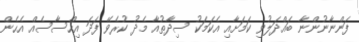
ފަންނާނުންނާ ބައްދަލުވި ކަމަށާއި އެކަމަކު ސިދާތުއާ މެދު ކުރެވޭ ފަދަ އިހްސާސެއް އެހެން